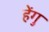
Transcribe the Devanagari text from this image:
हेंगु